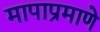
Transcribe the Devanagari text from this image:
मापाप्रमाणे